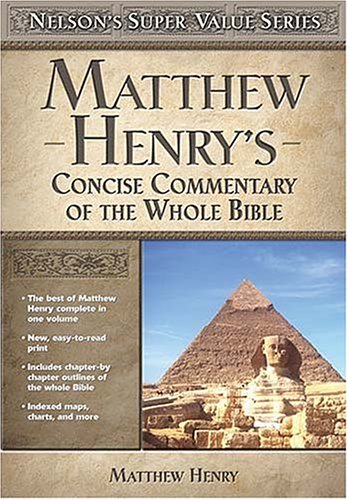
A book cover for Matthew Henry's Concise Commentary on the Whole Bible (Super Value Series); Matthew Henry; Christian Books & Bibles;